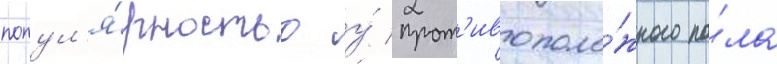
попул'я́рностью у́ прот'ивополо́жного по́ла